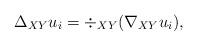
LaTeX: \begin{align*}\Delta_{XY} u_i = \div_{XY}( \nabla_{XY} u_i ) , \end{align*}